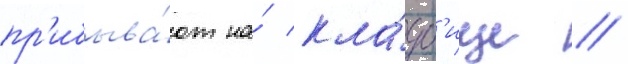
пр'ибыва́ют на́ кла́дб'ище /